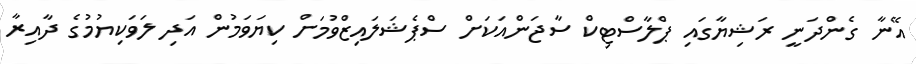
އޭނާ ގެންދަނީ ރަޝިޔާގައި ޕްލާސްޓިކް ސާޖަންއަކަށް ސްޕެޝަލައިޒްވުމަށް ކިޔަވަމުން އަދި ލަވަކިޔުމުގެ ދާއިރާ